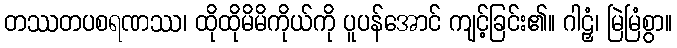
တဿတပစရဏဿ၊ ထိုထိုမိမိကိုယ်ကို ပူပန်အောင် ကျင့်ခြင်း၏။ ဂါဠှံ၊ မြဲမြံစွာ။